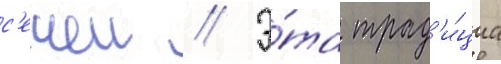
с'ечеи // Э́та трад'и́циа